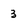
Character: 3